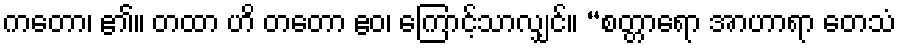
ကတော၊ ၏။ တထာ ဟိ တတော ဧဝ၊ ကြောင့်သာလျှင်။ “စတ္တာရော အာဟာရာ တေသံ